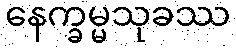
နေက္ခမ္မသုခဿ